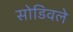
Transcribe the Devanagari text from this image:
सोडिवले